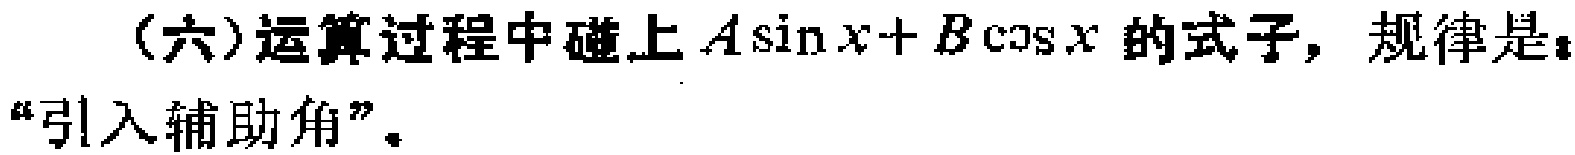
(六)运算过程中碰上\(A\sin x + B\cos x\)的式子，规律是：“引入辅助角”。